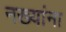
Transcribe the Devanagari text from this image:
नख्यांना